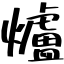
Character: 爐